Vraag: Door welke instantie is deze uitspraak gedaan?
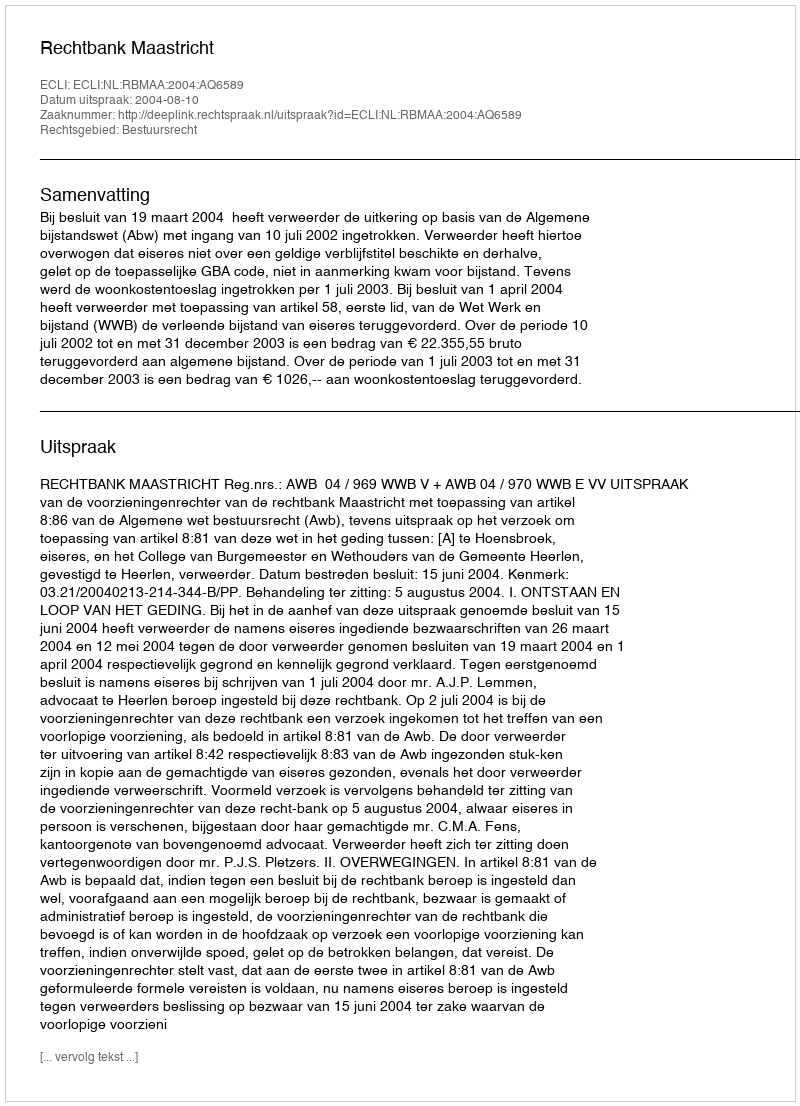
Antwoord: Rechtbank Maastricht